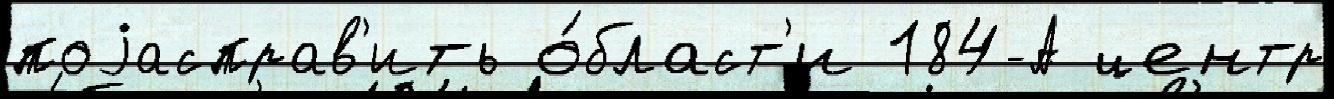
поjасправ'ить о́бласт'и 184-А центр